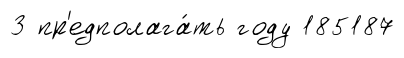
3 пр'едполага́ть году 185187